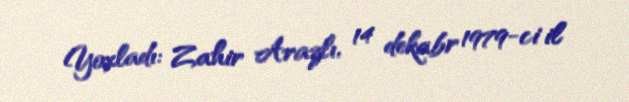
Yoxladı: Zahir Arazlı, 14 dekabr 1979-ci il